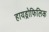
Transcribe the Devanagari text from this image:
हायड्रोफिलिक